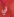
لي